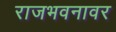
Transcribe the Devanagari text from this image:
राजभवनावर